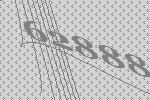
62888